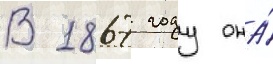
В 1867 году она́